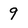
Character: 9